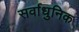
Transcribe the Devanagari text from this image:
सर्वाधुनिक